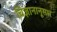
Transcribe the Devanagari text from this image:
विज्ञानानूसार